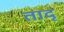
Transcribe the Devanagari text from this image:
तादृ